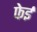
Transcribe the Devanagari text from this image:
फेई